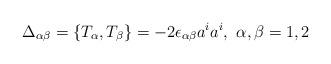
LaTeX: \begin{align*}\Delta_{\alpha \beta} = \{T_\alpha,T_\beta\} = -2 \epsilon_{\alpha \beta}a^ia^i, \,\, \alpha,\beta = 1,2\end{align*}